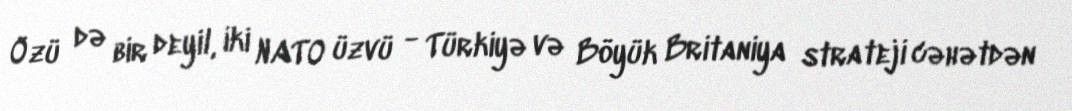
Özü də bir deyil, iki NATO üzvü - Türkiyə və Böyük Britaniya strateji cəhətdən